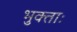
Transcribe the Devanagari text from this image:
भुक्ताः